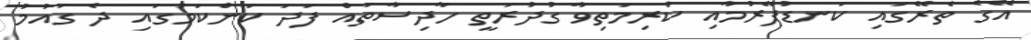
އޭގެ ތެރޭގައި ކަނޑުފޭރުމާއި ކުރިމަތިވާ ގުދުރަތީ ހާދިސާތައް ފަދަ ކަންކަމުގައި ދެ ގައުމު